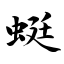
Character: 蜒